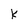
Character: k